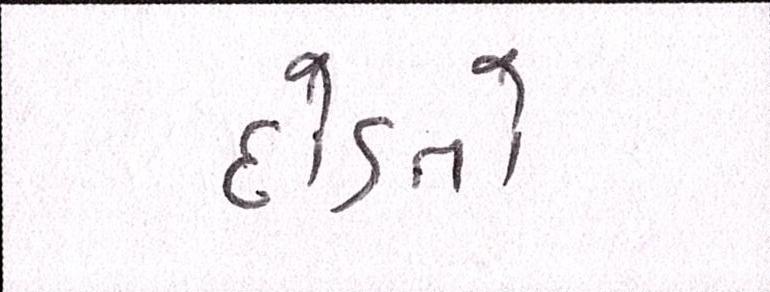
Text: દોડતો